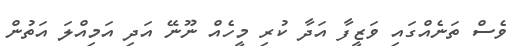
ވެސް ތަނެއްގައި ވަޒީފާ އަދާ ކުރި މީހެއް ނޫނޭ އަދި އަމިއްލަ އަތުން